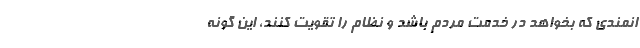
انمندی که بخواهد در خدمت مردم باشد و نظام را تقویت کنند، این گونه